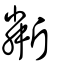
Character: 斴